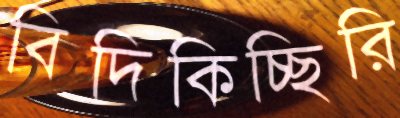
বিদিকিচ্ছিরি